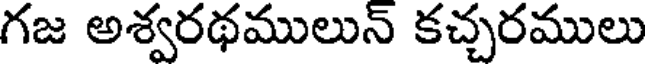
గజ అశ్వరథములున్ కచ్చరములు